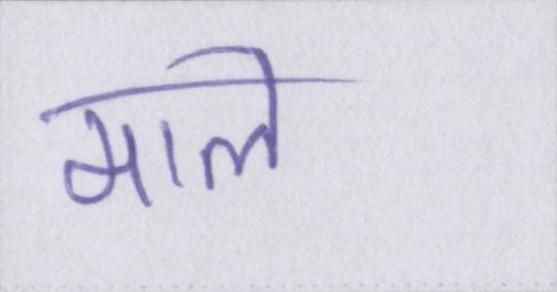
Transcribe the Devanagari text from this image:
माले